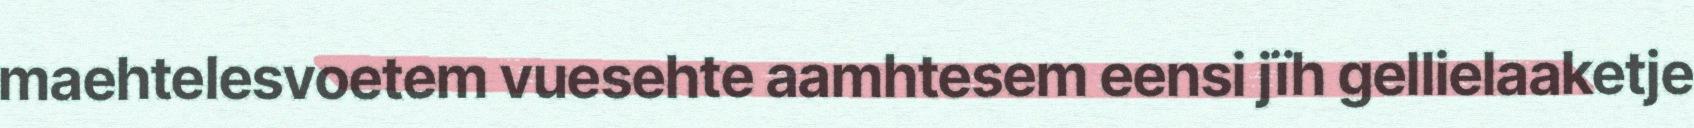
maehtelesvoetem vuesehte aamhtesem eensi jïh gellielaaketje